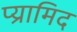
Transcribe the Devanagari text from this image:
प्य्रामिद